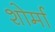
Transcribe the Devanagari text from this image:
शोर्मा